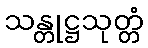
သန္တုဋ္ဌသုတ္တံ